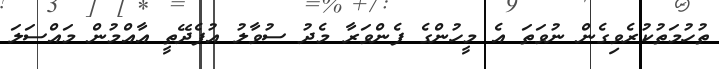
ތުހުމަތުކުރެވިގެން ނުވަތަ އެ މީހުންގެ ފެންވަރާ މެދު ސުވާލު އުފެދޭތީ އާއްމުން މައްސަލަ